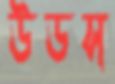
উডস